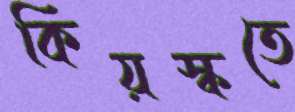
কিয়স্কতে